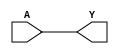
module BUFX4 (A, Y);
input  A ;
output Y ;

   buf (Y, A);

   specify
     // delay parameters
     specparam
       tpllh$A$Y = 0.21:0.21:0.21,
       tphhl$A$Y = 0.2:0.2:0.2;

     // path delays
     (A *> Y) = (tpllh$A$Y, tphhl$A$Y);

   endspecify

endmodule